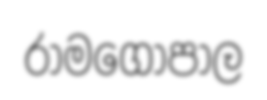
රාමගෝපාල